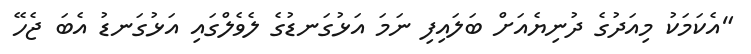
"އެކަމަކު މިއަދުގެ ދުނިޔެއަށް ބަލައިފި ނަމަ އަޅުގަނޑުގެ ލެވެލްގައި އަޅުގަނޑު އެބަ ޖެހޭ